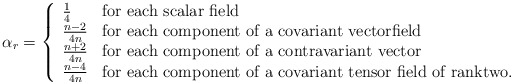
\begin{align*}\alpha_{r}=\left\{ \begin{array}{ll} \frac{1}{4} & \mbox{for each scalar field}\\ \frac{n-2}{4n} & \mbox{for each component of a covariant vectorfield}\\\frac{n+2}{4n} & \mbox{for each component of a contravariant vector}\\\frac{n-4}{4n} & \mbox{for each component of a covariant tensor field of ranktwo.}\end{array}\right.\end{align*}